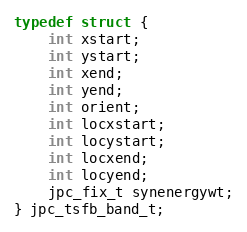
Language: C
typedef struct {
    int xstart;
    int ystart;
    int xend;
    int yend;
    int orient;
    int locxstart;
    int locystart;
    int locxend;
    int locyend;
    jpc_fix_t synenergywt;
} jpc_tsfb_band_t;